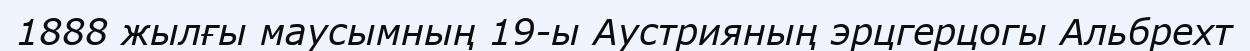
1888 жылғы маусымның 19-ы Аустрияның эрцгерцогы Альбрехт